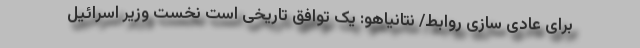
برای عادی سازی روابط/ نتانیاهو: یک توافق تاریخی است نخست وزیر اسرائیل